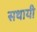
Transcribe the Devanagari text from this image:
सथायी